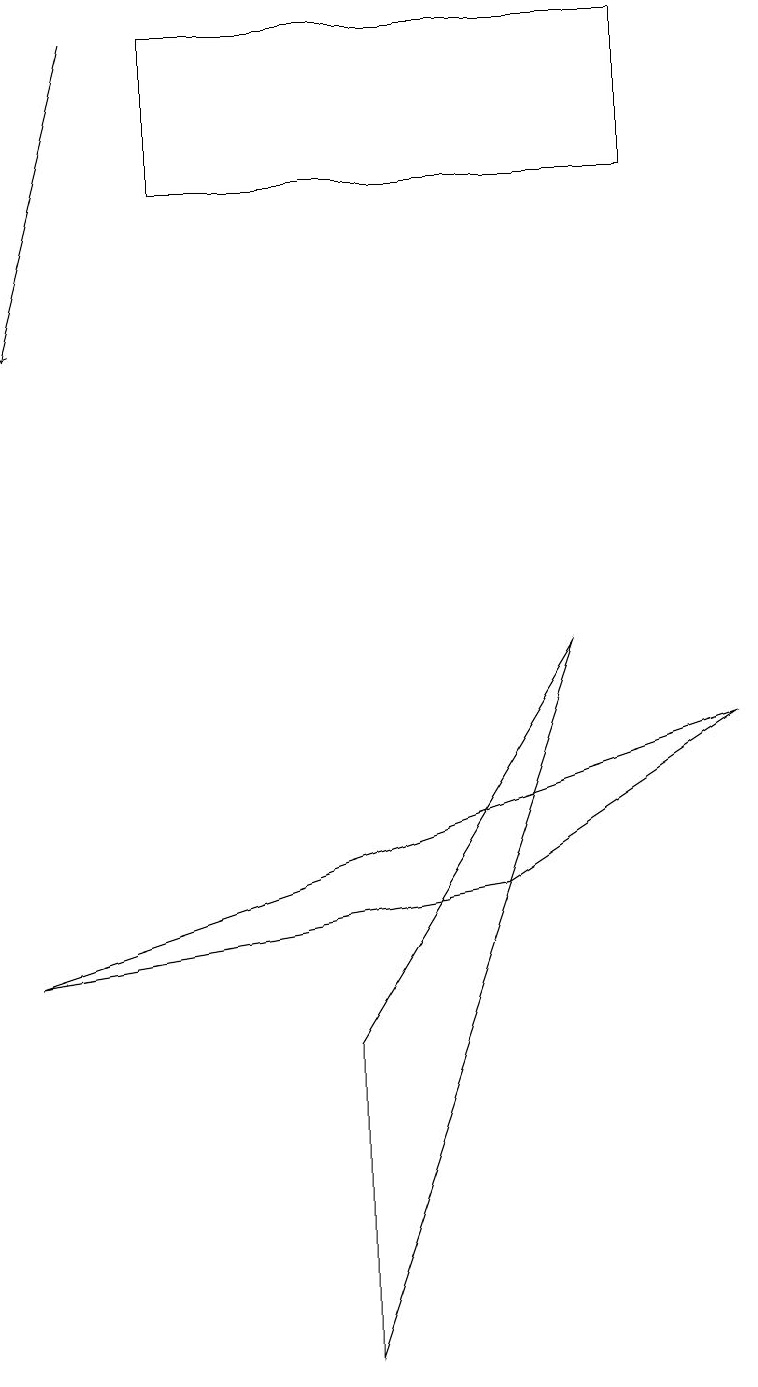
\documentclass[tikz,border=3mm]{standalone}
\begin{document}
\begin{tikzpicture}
\draw (5,15) rectangle (4,15);
\draw (5,17) rectangle (4,17);
\draw (7,9) -- (4,0) -- (4,4) -- cycle;
\draw (8,17) rectangle (2,15);
\draw[->] (1,17) -- (0,13);
\draw (9,8) -- (6,6) -- (0,5) -- cycle;
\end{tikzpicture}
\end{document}